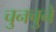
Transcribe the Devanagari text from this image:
चुनचुने